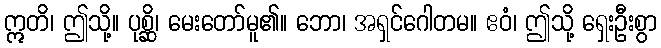
ဣတိ၊ ဤသို့။ ပုစ္ဆိ၊ မေးတော်မူ၏။ ဘော၊ အရှင်ဂေါတမ။ ဧဝံ၊ ဤသို့ ရှေးဦးစွာ